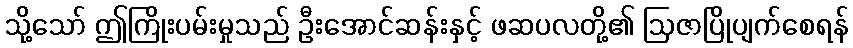
သို့သော် ဤကြိုးပမ်းမှုသည် ဦးအောင်ဆန်းနှင့် ဖဆပလတို့၏ ဩဇာပြိုပျက်စေရန်